system: You are a helpful assistant.
user:
Analyze the provided spectrum to determine if it is a **S-type Star**.

- **Key Indicators for S-type Star:**

    - **(Overall Spectrum Shape):** The first and most obvious characteristic is the overall continuum (the "baseline" shape). It is **extremely "red-sloping,"** meaning the flux (light intensity) is very low on the left side (blue, ~4000-4500 Å) and rises steeply and continuously toward the right side (red, ~7000 Å+).

    - **(Primary):** The spectrum is defined by the presence of strong, broad molecular absorption "valleys" (bands) from **Zirconium Oxide (ZrO)**. The identification of these bands is the **primary requirement** for classifying a star as S-type.
        - **(Key Bandheads):** You must find distinct, deep "dips" where the light has been absorbed. The most critical band systems to locate are:
            - **~6474 Å** ($\gamma$-system): This is often the strongest and clearest ZrO feature, found in the red part of the spectrum.
            - **~5718 Å** & **~5551 Å** ($\beta$-system): A pair of prominent absorption features in the yellow-orange part of the spectrum.
            - **~4640 Å** ($\alpha$-system): A key absorption band system in the blue-green region of the spectrum.

    - **(Secondary Confirmation):** The classification is strengthened by finding additional absorption bands from other related heavy element oxides, which are expected to be present alongside ZrO.
        - **(Key Bandheads):**
            - **Yttrium Oxide (YO):** Look for absorption dips near **~4800 Å** and **~6100 Å**.
            - **Lanthanum Oxide (LaO):** Additional absorption features, particularly in the red-orange part of the spectrum, are also characteristic.

    - **(Line Profile):** The combination of the steep red continuum and these numerous, deep molecular bands (ZrO, YO, etc.) gives the entire spectrum a very **"chopped-up"** or **"bumpy"** appearance. Instead of a smooth curve, the spectrum looks as though large, wide chunks of light have been "carved out" of it at the specific wavelengths listed above.

Think first, call **spectral_visualization_tool** if needed to examine features in detail, then provide your final answer. Your response must adhere to the following strict rules:
1.  **Overall Structure:** Your response must follow the format `<think>...</think> <tool_call>...</tool_call> (if a tool is used) <answer>...</answer>`.
2.  **Tool Usage Constraint:** You may only make **one** tool call per turn.
3.  **Final Answer Format:** In the `<answer>` tag, your conclusion must be inside a `\boxed{}` command (e.g., `\boxed{YES}` or `\boxed{NO}`), followed by your justification.

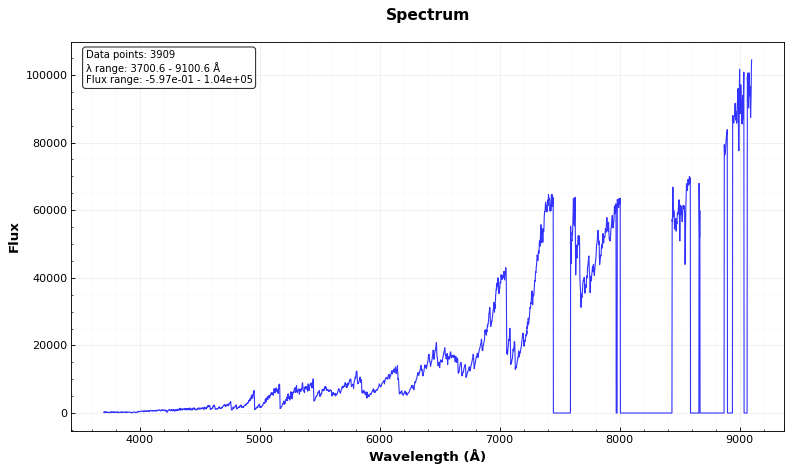
Answer: YES